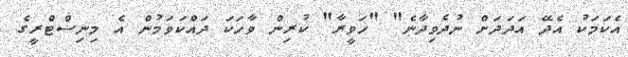
އެކަމަކު އެދޭ އަދަދަށް ނުދެވިދާނެ" "ހަވީރާ" ކުރިން ވާހަކަ ދައްކަވަމުން އެ މިނިސްޓްރީގެ